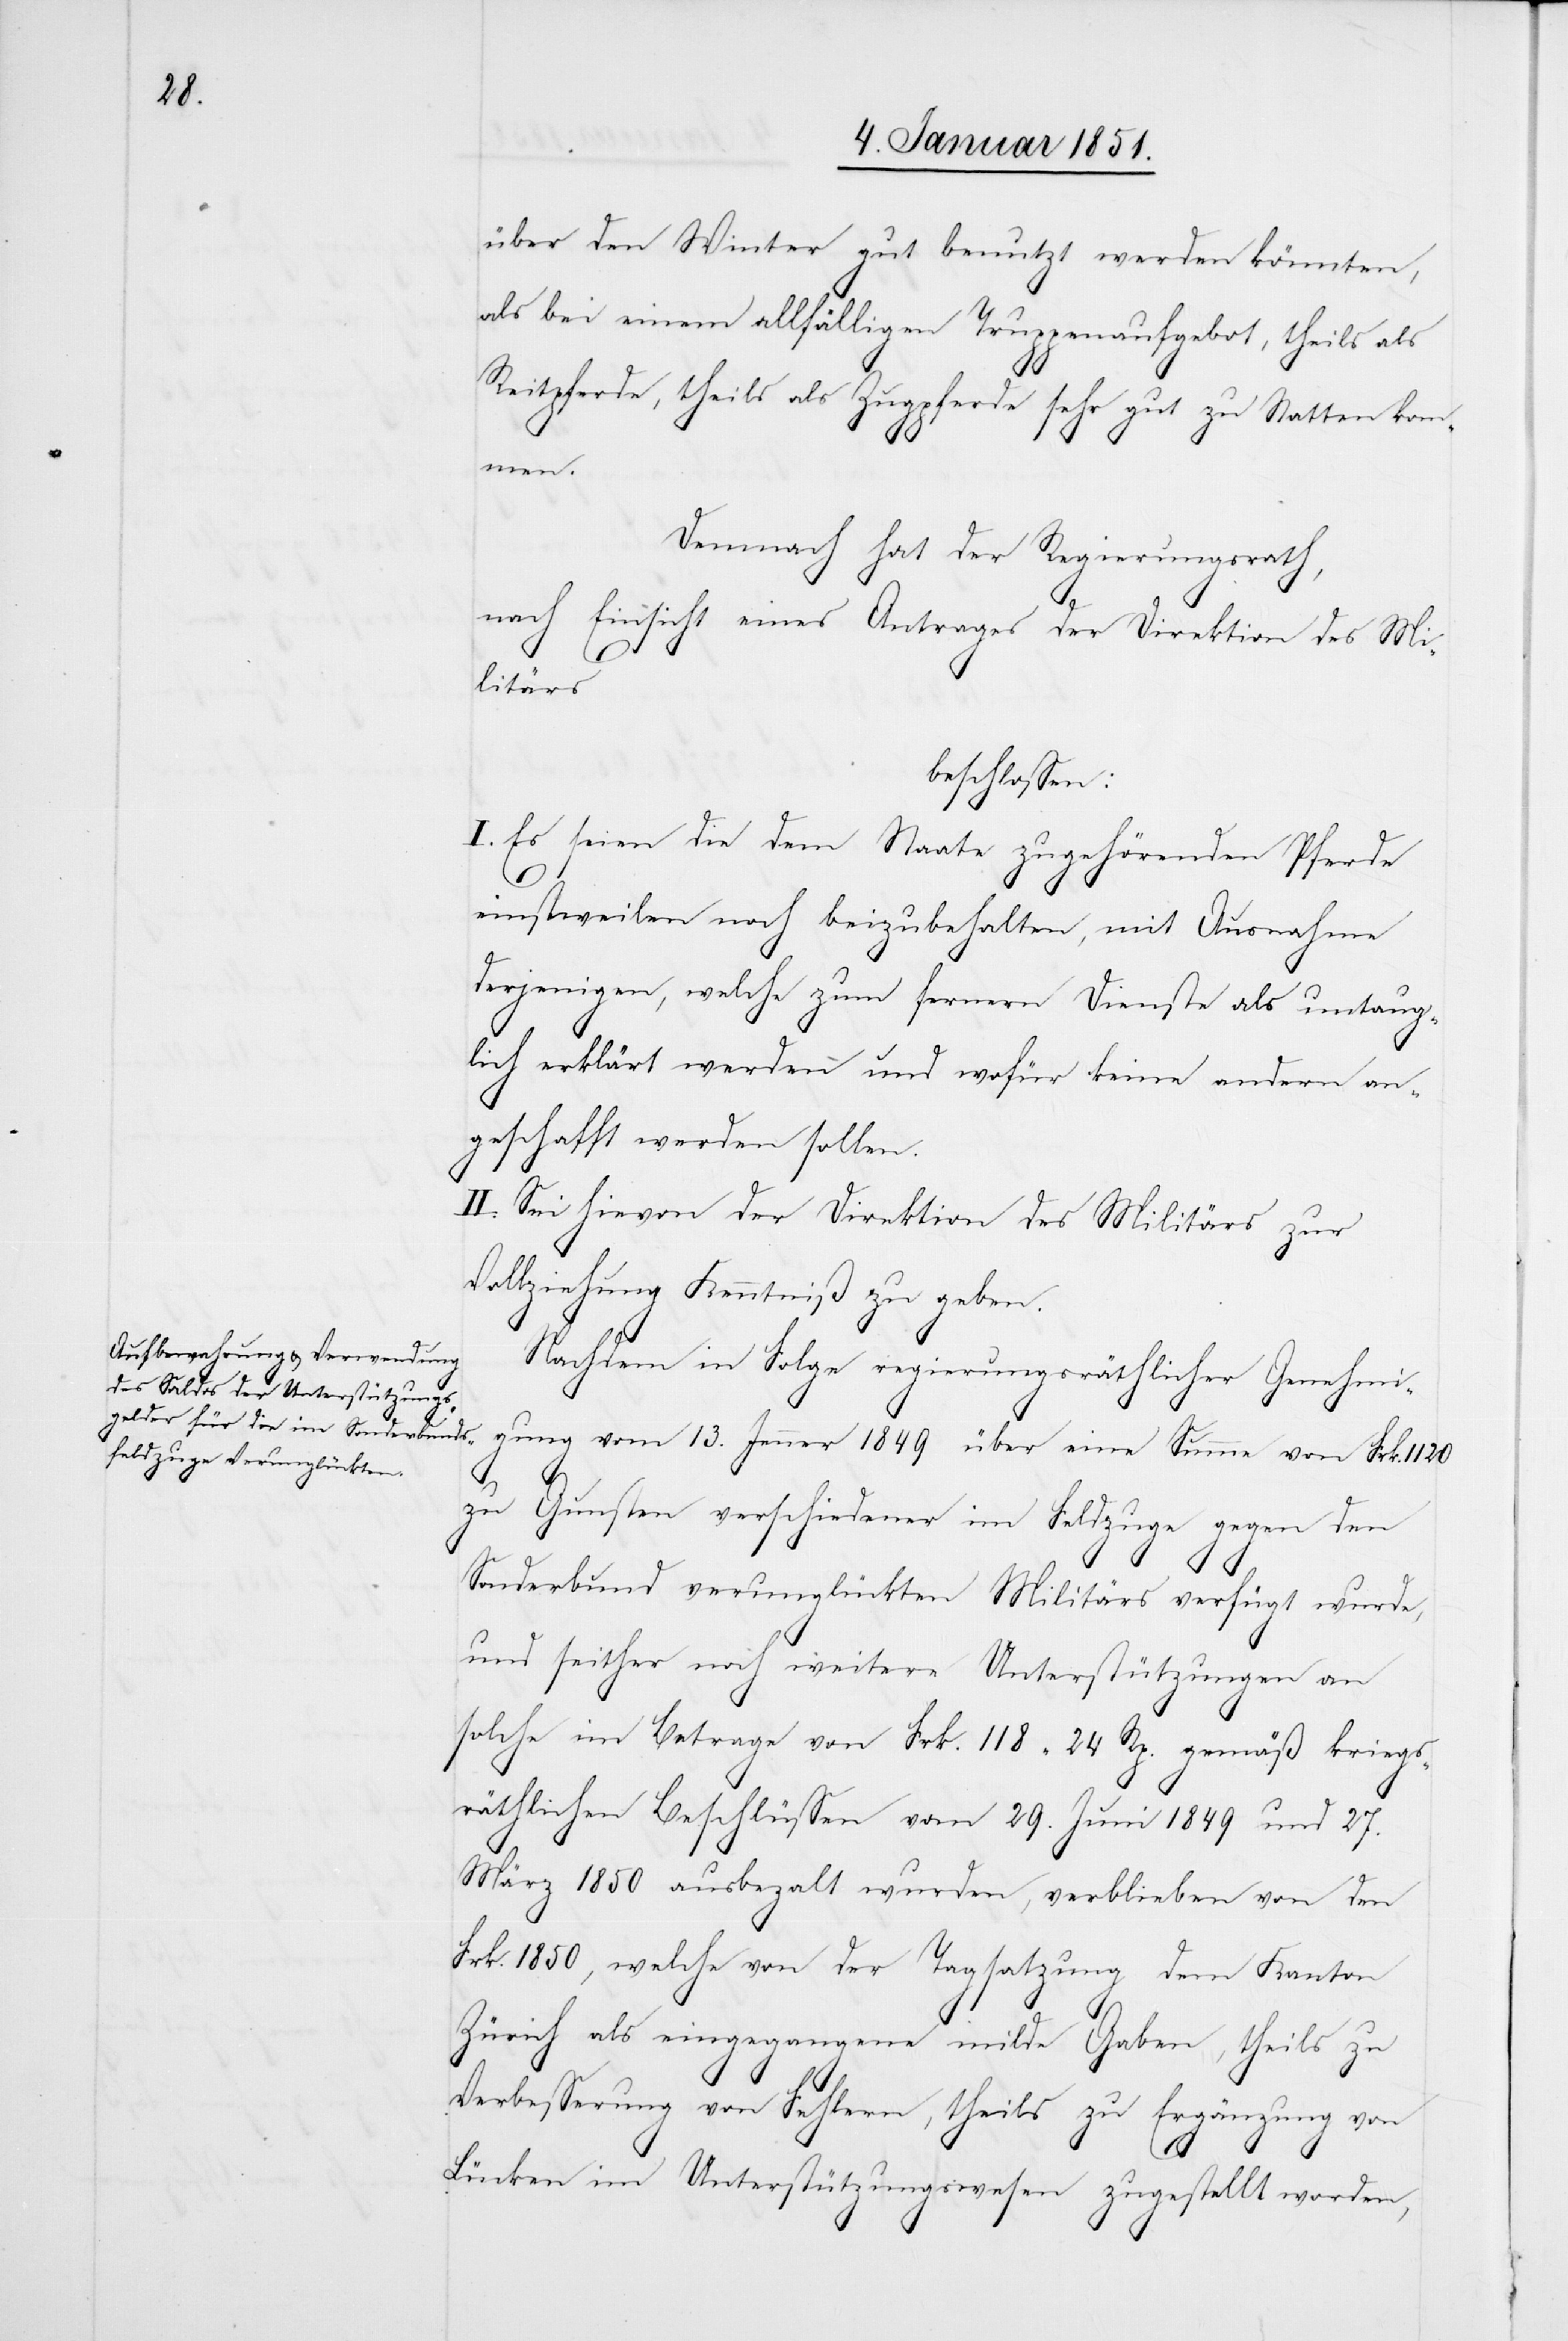
über den Winter gut benutzt werden könnten,
als bei einem allfälligen Truppenaufgebot, theils als
Reitpferde, theils als Zugpferde sehr gut zu Statten kom¬
men.
Demnach hat der Regierungsrath,
nach Einsicht eines Antrages der Direktion des Mi¬
litärs
beschlossen:
I. Es seien die dem Staate zugehörenden Pferde
einstweilen noch beizubehalten, mit Ausnahme
derjenigen, welche zum fernern Dienste als untaug¬
lich erklärt werden und wofür keine andern an¬
geschafft werden sollen.
II. Sei hievon der Direktion des Militärs zur
Vollziehung Kenntniß zu geben.
Nachdem in Folge regierungsräthlicher Genehmi¬
gung vom 13. Jenner 1849 über eine Summe von Frk. 1120
zu Gunsten verschiedener im Feldzuge gegen den
Sonderbund verunglückten Militärs verfügt wurde,
und seither noch weitere Unterstützungen an
solche im Betrage von Frk. 118 24 Rp. gemäß kriegs¬
räthlichen Beschlüssen vom 29. Juni 1849 und 27.
März 1850 ausbeza[h]lt wurden, verblieben von den
Frk. 1850, welche von der Tagsatzung dem Kanton
Zürich als eingegangene milde Gaben, theils zu
Verbesserung von Fehlern, theils zu Ergänzung von
Lücken im Unterstützungswesen zugestellt worden,